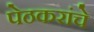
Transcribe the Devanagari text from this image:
पेठकरांचे